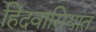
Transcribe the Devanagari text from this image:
हिंदवासियांत